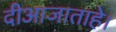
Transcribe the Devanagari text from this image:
दीआजाताहे।